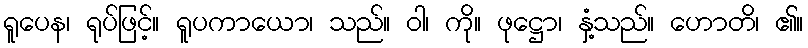
ရူပေန၊ ရုပ်ဖြင့်။ ရူပကာယော၊ သည်။ ဝါ၊ ကို။ ဖုဋ္ဌော၊ နှံ့သည်။ ဟောတိ၊ ၏။